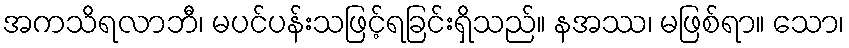
အကသိရလာဘီ၊ မပင်ပန်းသဖြင့်ရခြင်းရှိသည်။ နအဿ၊ မဖြစ်ရာ။ သော၊